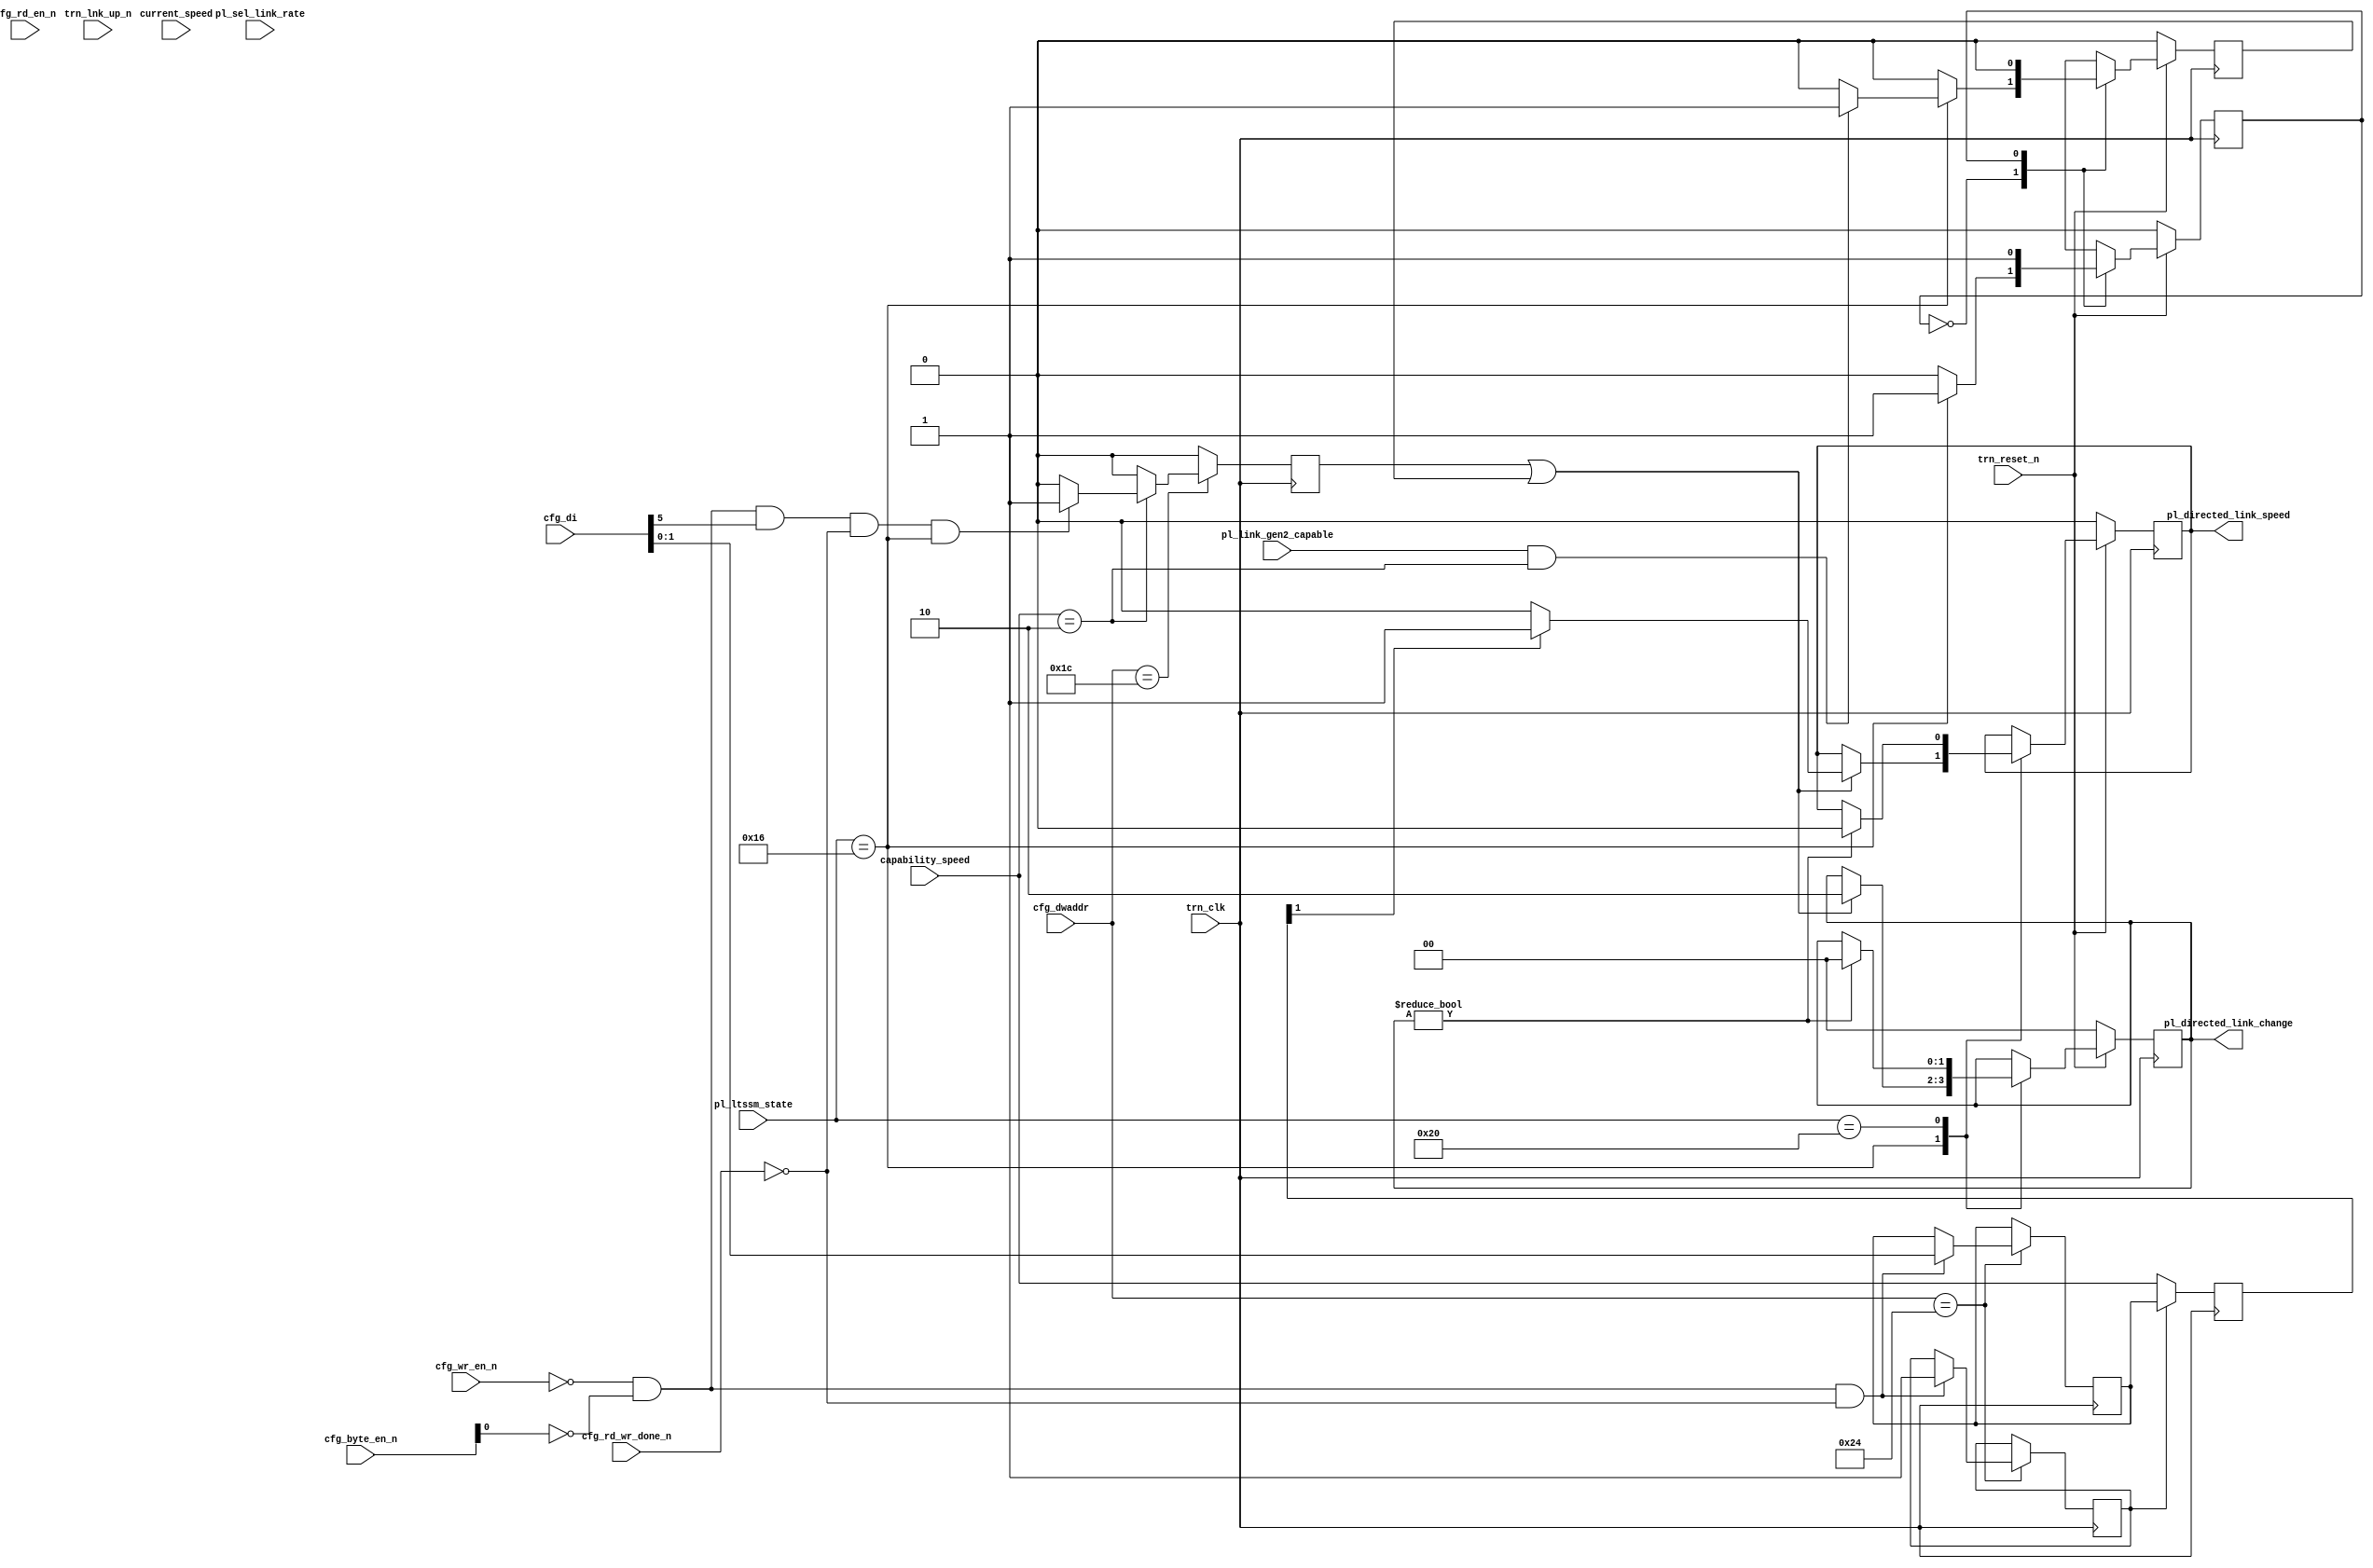
//-----------------------------------------------------------------------------
//
// (c) Copyright 2009-2011 Xilinx, Inc. All rights reserved.
//
// This file contains confidential and proprietary information
// of Xilinx, Inc. and is protected under U.S. and
// international copyright and other intellectual property
// laws.
//
// DISCLAIMER
// This disclaimer is not a license and does not grant any
// rights to the materials distributed herewith. Except as
// otherwise provided in a valid license issued to you by
// Xilinx, and to the maximum extent permitted by applicable
// law: (1) THESE MATERIALS ARE MADE AVAILABLE "AS IS" AND
// WITH ALL FAULTS, AND XILINX HEREBY DISCLAIMS ALL WARRANTIES
// AND CONDITIONS, EXPRESS, IMPLIED, OR STATUTORY, INCLUDING
// BUT NOT LIMITED TO WARRANTIES OF MERCHANTABILITY, NON-
// INFRINGEMENT, OR FITNESS FOR ANY PARTICULAR PURPOSE; and
// (2) Xilinx shall not be liable (whether in contract or tort,
// including negligence, or under any other theory of
// liability) for any loss or damage of any kind or nature
// related to, arising under or in connection with these
// materials, including for any direct, or any indirect,
// special, incidental, or consequential loss or damage
// (including loss of data, profits, goodwill, or any type of
// loss or damage suffered as a result of any action brought
// by a third party) even if such damage or loss was
// reasonably foreseeable or Xilinx had been advised of the
// possibility of the same.
//
// CRITICAL APPLICATIONS
// Xilinx products are not designed or intended to be fail-
// safe, or for use in any application requiring fail-safe
// performance, such as life-support or safety devices or
// systems, Class III medical devices, nuclear facilities,
// applications related to the deployment of airbags, or any
// other applications that could lead to death, personal
// injury, or severe property or environmental damage
// (individually and collectively, "Critical
// Applications"). Customer assumes the sole risk and
// liability of any use of Xilinx products in Critical
// Applications, subject only to applicable laws and
// regulations governing limitations on product liability.
//
// THIS COPYRIGHT NOTICE AND DISCLAIMER MUST BE RETAINED AS
// PART OF THIS FILE AT ALL TIMES.
//
//-----------------------------------------------------------------------------
// Project    : Virtex-6 Integrated Block for PCI Express
// Version    : 2.3
//--
//-- Description: Virtex6 Workaround for Root Port Target Link Speed Bug
//--
//--
//--------------------------------------------------------------------------------

`timescale 1ns/1ns

module axi_pcie_v1_08_a_pcie_tgt_link_spd_fix_3429_v6 (

  // Common
  input                                         trn_clk,
  input                                         trn_reset_n,
  input                                         trn_lnk_up_n,

  input   [9:0]                                 cfg_dwaddr,
  input  [31:0]                                 cfg_di,
  input   [3:0]                                 cfg_byte_en_n,
  input                                         cfg_rd_wr_done_n,
  input                                         cfg_wr_en_n,
  input                                         cfg_rd_en_n,

  input   [1:0]                                 capability_speed,   // 01 - Gen1, 10 - Gen2
  input   [1:0]                                 current_speed,      // 01 - Gen1, 10 - Gen2

  input  [5:0]                                  pl_ltssm_state,     
  input                                         pl_sel_link_rate,
  input                                         pl_link_gen2_capable,

  output [1:0]                                  pl_directed_link_change,
  output                                        pl_directed_link_speed

);

  parameter TCQ = 1;
  parameter AUTO_SPD_CHG_RESET = 1'b0;
  parameter AUTO_SPD_CHG_DONE  = 1'b1;

  reg  [1:0]                                   reg_tgt_lnk_spd = 2'b00;
  wire [1:0]                                   tgt_lnk_spd;

  reg                                          reg_first_tgt_spd_chg = 1'b0; 
  wire                                         first_tgt_spd_chg;

  reg  [1:0]                                   reg_new_tgt_lnk_spd = 2'b00;
  wire [1:0]                                   new_tgt_lnk_spd;

  reg  [1:0]                                   reg_pl_directed_link_change;
  reg                                          reg_pl_directed_link_speed;

  reg                                          reg_change_speed;
  wire                                         change_speed;

  reg                                          reg_auto_change_speed;

  reg   [0:0]                                  reg_state_auto_spd;
  wire  [0:0]                                  state_auto_spd;


  // Logic that tracks tgt link speed
  always @(posedge trn_clk)
    reg_tgt_lnk_spd <= #TCQ first_tgt_spd_chg ? new_tgt_lnk_spd : capability_speed;

  assign tgt_lnk_spd = reg_tgt_lnk_spd;

  // Logic to snoop the cfg interface
  always @(posedge trn_clk) begin

    reg_change_speed <= #TCQ 1'b0; 

    case (cfg_dwaddr)

      // Access offset 30H, target_link_speed byte0:bits[3:0] 
      10'h24 : begin

        if ((cfg_wr_en_n == 1'b0) && 
            (cfg_byte_en_n[0] == 1'b0) && 
            (cfg_rd_wr_done_n == 1'b0)) begin

          // unconditionally update
          reg_new_tgt_lnk_spd <= #TCQ cfg_di[1:0];  

          if (first_tgt_spd_chg == 1'b0)
            reg_first_tgt_spd_chg <= #TCQ 1'b1;

        end

      end

      // Access offset 10H, link_retrain byte0:bit5
      10'h1c : begin

        // If we've a gen2 port, then consider speed change
        if (capability_speed == 2'b10)
          if ((cfg_wr_en_n == 1'b0) && 
              (cfg_byte_en_n[0] == 1'b0) && 
              (cfg_di[5] == 1'b1) && 
              (cfg_rd_wr_done_n == 1'b0) && 
              (pl_ltssm_state == 6'h16))
            reg_change_speed <= #TCQ 1'b1; 

      end

    endcase 

  end

  assign change_speed = reg_change_speed | reg_auto_change_speed;
  assign first_tgt_spd_chg = reg_first_tgt_spd_chg;
  assign new_tgt_lnk_spd = reg_new_tgt_lnk_spd;

  // Speed Change Logic
  always @(posedge trn_clk) begin

    // Ignore speed changes if trn_lnk_up_n is de-asserted.
    if (!trn_reset_n) begin

      reg_pl_directed_link_change <= #TCQ 2'b00;
      reg_pl_directed_link_speed <= #TCQ 1'b0;

    end else begin

      case (pl_ltssm_state)

        // When in L0
        6'h16: begin

          if (change_speed) begin
    
            reg_pl_directed_link_change <= #TCQ 2'b10;
            reg_pl_directed_link_speed <= #TCQ  tgt_lnk_spd[1] ? 1'b1 : 1'b0;
  
          end 
      
        end    
      
        // Then, in Recovery.Idle
        6'h20: begin
   
          if (pl_directed_link_change != 2'b00) begin
  
            reg_pl_directed_link_change <= #TCQ 2'b00;
            reg_pl_directed_link_speed <= #TCQ 1'b0;
          
          end
  
        end

      endcase

    end

  end

  // Auto Speed Change Logic
  always @(posedge trn_clk) begin

    if (!trn_reset_n) begin

      reg_auto_change_speed <= 1'b0;
      reg_state_auto_spd <= #TCQ AUTO_SPD_CHG_RESET;

    end else begin

      case (state_auto_spd)

        AUTO_SPD_CHG_RESET : begin

          if (pl_ltssm_state == 6'h16) begin

            if ((pl_link_gen2_capable == 1'b1) &&
                (capability_speed == 2'b10)) begin

              reg_auto_change_speed <= #TCQ 1'b1;
              reg_state_auto_spd <= #TCQ AUTO_SPD_CHG_DONE;

            end else begin

              reg_auto_change_speed <= #TCQ 1'b0;
              reg_state_auto_spd <= #TCQ AUTO_SPD_CHG_DONE;

            end

          end else begin

            reg_auto_change_speed <= #TCQ 1'b0;
            reg_state_auto_spd <= #TCQ AUTO_SPD_CHG_RESET;

          end

        end 

        AUTO_SPD_CHG_DONE : begin

          reg_auto_change_speed <= #TCQ 1'b0;
          reg_state_auto_spd <= #TCQ AUTO_SPD_CHG_DONE;

        end 

      endcase

    end

  end
  assign state_auto_spd = reg_state_auto_spd;

  assign pl_directed_link_change = reg_pl_directed_link_change;
  assign pl_directed_link_speed = reg_pl_directed_link_speed;

endmodule